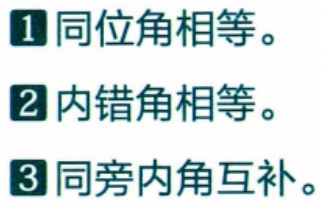
\begin{enumerate}
\item 同位角相等。
\item 内错角相等。
\item 同旁内角互补。
\end{enumerate}